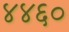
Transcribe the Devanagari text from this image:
४४६०